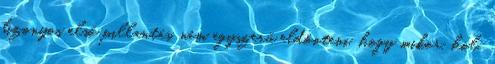
bizonyos első pillantás, nem egyszerű eldönteni, hogy mikor, hol,